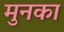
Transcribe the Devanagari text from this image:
मुनका